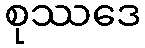
စုဿဒေ